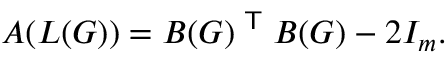
A ( L ( G ) ) = B ( G ) ^ { \textsf { T } } B ( G ) - 2 I _ { m } .